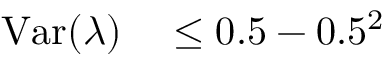
\begin{array} { r l } { \mathrm { V a r } ( \lambda ) } & { { } \leq 0 . 5 - 0 . 5 ^ { 2 } } \end{array}